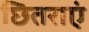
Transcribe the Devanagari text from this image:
छितराएं